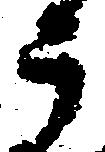
う